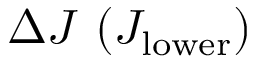
\Delta J \ ( J _ { \mathrm { l o w e r } } )